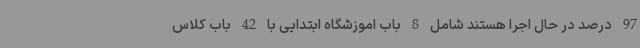
97 درصد در حال اجرا هستند شامل 8 باب اموزشگاه ابتدایی با 42 باب کلاس